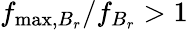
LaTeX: f_{\mathrm{max},B_{r}}/f_{B_{r}}>1